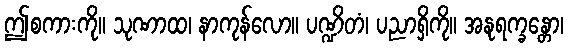
ဤစကားကို။ သုဏာထ၊ နာကုန်လော။ ပဏ္ဍိတံ၊ ပညာရှိကို။ အနုရက္ခန္တော၊